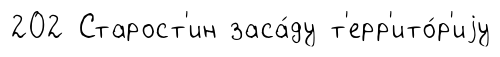
202 Старост'ин заса́ду т'ерр'ито́р'иjу